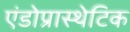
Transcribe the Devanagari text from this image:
एंडोप्रास्थेटिक